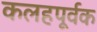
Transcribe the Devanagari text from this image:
कलहपूर्वक